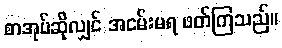
စာအုပ်ဆိုလျှင် အငမ်းမရ ဖတ်ကြသည်။